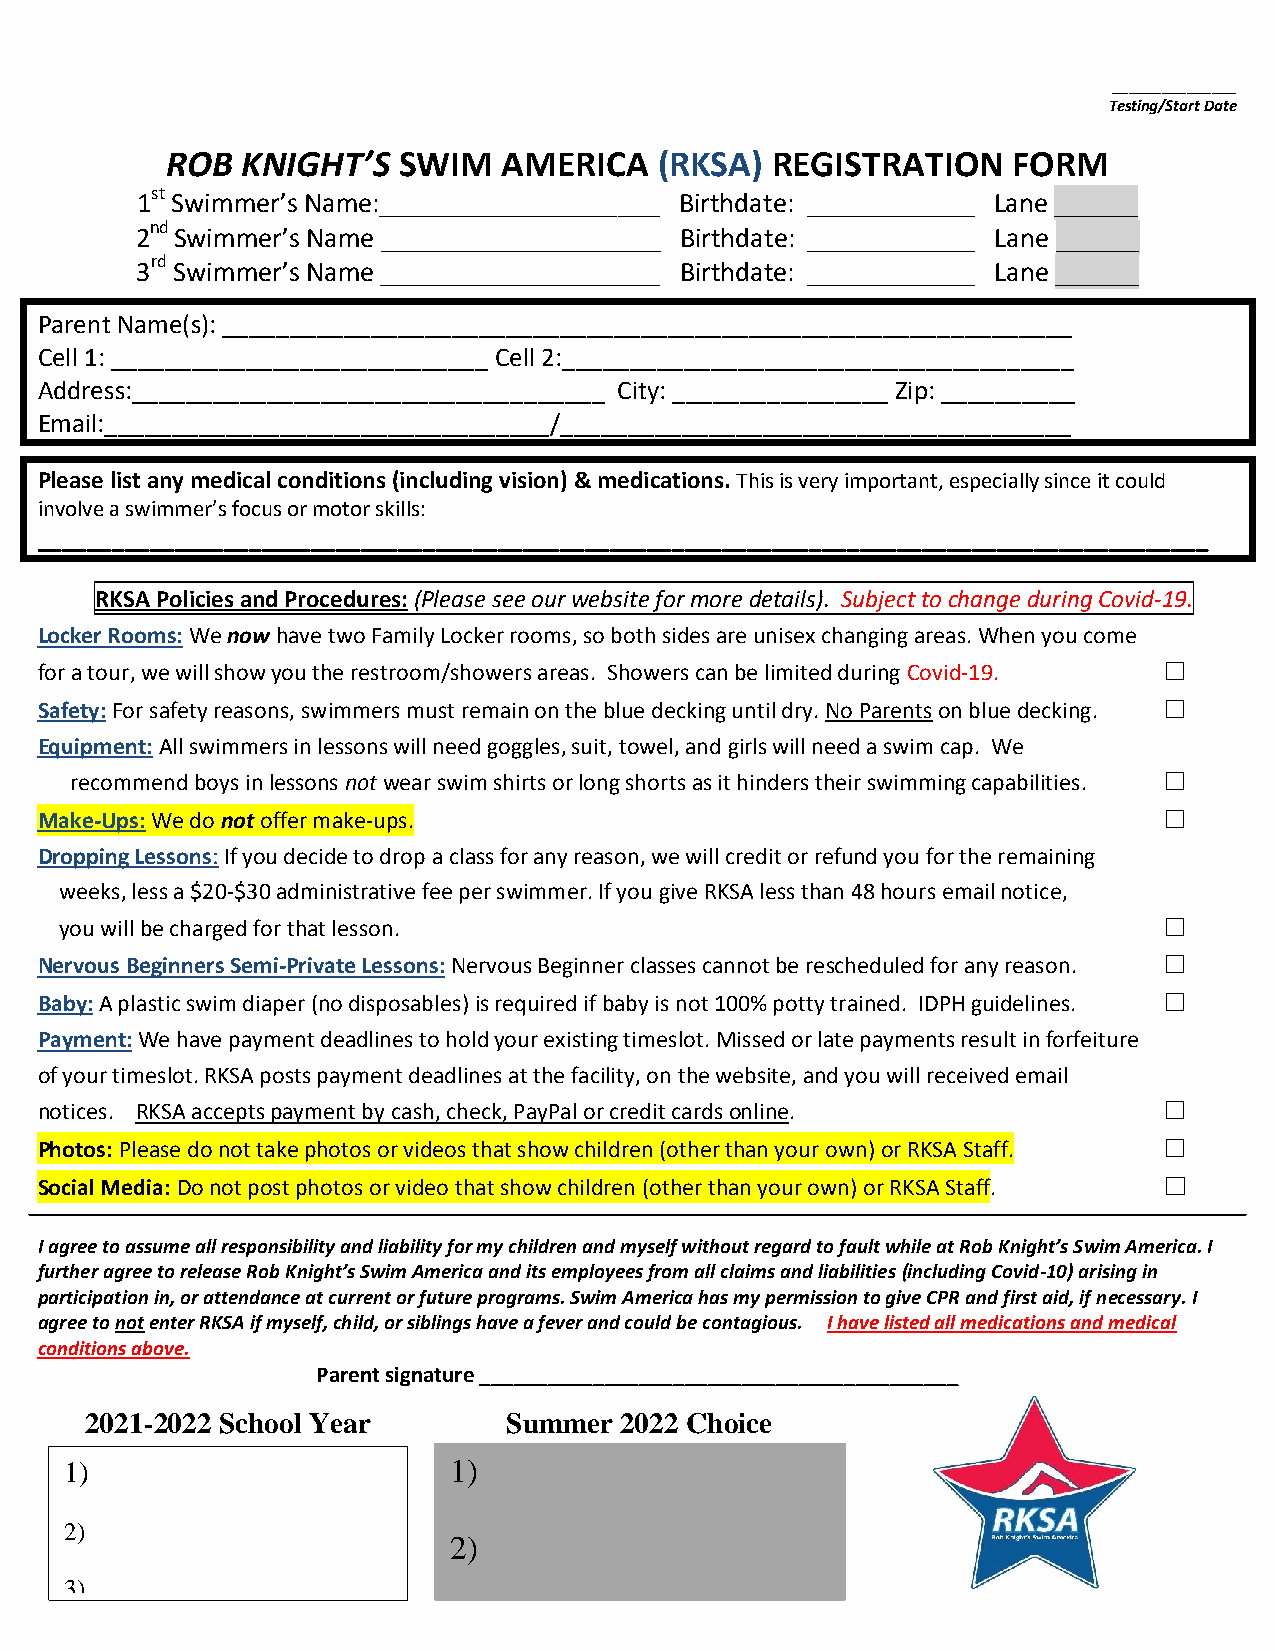
_______________
 Testing/Start Date
 ROB  KNIGHT’S  SWIM   AMERICA    (RKSA) REGISTRATION    FORM
 st
 1 Swimmer’s Name:____________________ Birthdate: ____________ Lane ______
 nd
 2 Swimmer’s Name ____________________ Birthdate: ____________ Lane ______
 rd
 3 Swimmer’s Name ____________________ Birthdate: ____________ Lane ______
 Parent Name(s): _______________________________________________________________
 Cell 1: ____________________________ Cell 2:______________________________________
 Address:___________________________________ City: ________________ Zip: __________
 Email:_________________________________/______________________________________
 Please list any medical conditions (including vision) & medications. This is very important, especially since it could
 involve a swimmer’s focus or motor skills:
 ______________________________________________________________________________________________
 RKSA Policies and Procedures: (Please see our website for more details). Subject to change during Covid-19.
 Locker Rooms: We now have two Family Locker rooms, so both sides are unisex changing areas. When you come
 for a tour, we will show you the restroom/showers areas. Showers can be limited during Covid-19. ☐
 Safety: For safety reasons, swimmers must remain on the blue decking until dry. No Parents on blue decking. ☐
 Equipment: All swimmers in lessons will need goggles, suit, towel, and girls will need a swim cap. We
 recommend boys in lessons not wear swim shirts or long shorts as it hinders their swimming capabilities. ☐
 Make-Ups: We do not offer make-ups.                                        ☐
 Dropping Lessons: If you decide to drop a class for any reason, we will credit or refund you for the remaining
 weeks, less a $20-$30 administrative fee per swimmer. If you give RKSA less than 48 hours email notice,
 you will be charged for that lesson.                                     ☐
 Nervous Beginners Semi-Private Lessons: Nervous Beginner classes cannot be rescheduled for any reason. ☐
 Baby: A plastic swim diaper (no disposables) is required if baby is not 100% potty trained. IDPH guidelines. ☐
 Payment: We have payment deadlines to hold your existing timeslot. Missed or late payments result in forfeiture
 of your timeslot. RKSA posts payment deadlines at the facility, on the website, and you will received email
 notices. RKSA accepts payment by cash, check, PayPal or credit cards online. ☐
 Photos: Please do not take photos or videos that show children (other than your own) or RKSA Staff. ☐
 Social Media: Do not post photos or video that show children (other than your own) or RKSA Staff. ☐
 I agree to assume all responsibility and liability for my children and myself without regard to fault while at Rob Knight’s Swim America. I
 further agree to release Rob Knight’s Swim America and its employees from all claims and liabilities (including Covid-10) arising in
 participation in, or attendance at current or future programs. Swim America has my permission to give CPR and first aid, if necessary. I
 agree to not enter RKSA if myself, child, or siblings have a fever and could be contagious. I have listed all medications and medical
 conditions above.
 Parent signature __________________________________________
 2021-2022 School Year       Summer 2022 Choice
 AvChoice
 1)                        1)
 2)
 2)
 3)